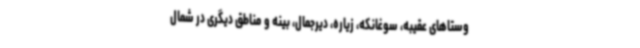
وستاهای عقیبه، سوغانکه، زیاره، دیرجمال، بینه و مناطق دیگری در شمال